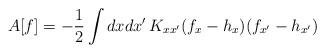
LaTeX: \begin{align*}A[f] = -\frac{1}{2} \int dxdx'\, K_{xx'}(f_x-h_x)(f_{x'}-h_{x'})\end{align*}